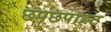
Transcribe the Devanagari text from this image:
छपछपाहट